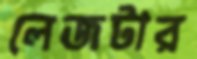
লেজটার